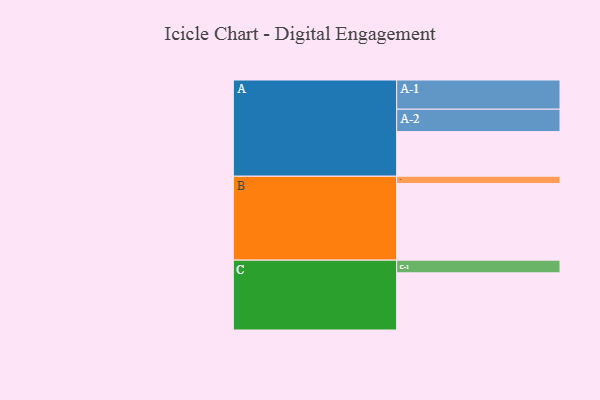
{"axis": {"x": "Segment", "y": "Value"}, "legend": ["", "A", "B", "C"], "data": [{"x": "A", "y": 347, "type": ""}, {"x": "B", "y": 595, "type": ""}, {"x": "C", "y": 444, "type": ""}, {"x": "A-1", "y": 227, "type": "A"}, {"x": "A-2", "y": 174, "type": "A"}, {"x": "B-1", "y": 57, "type": "B"}, {"x": "C-1", "y": 99, "type": "C"}]}